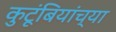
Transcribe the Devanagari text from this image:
कुटूंबियांच्या